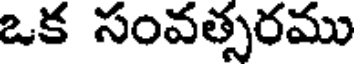
ఒక సంవత్సరము